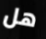
هل